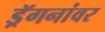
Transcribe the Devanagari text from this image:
ड्रॅगनांवर